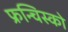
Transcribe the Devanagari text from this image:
फ्रन्चिस्को